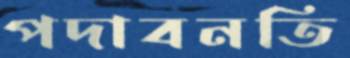
পদাবনতি